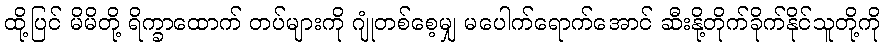
ထို့ပြင် မိမိတို့ ရိက္ခာထောက် တပ်များကို ဂျုံတစ်စေ့မျှ မပေါက်ရောက်အောင် ဆီးနို့တိုက်ခိုက်နိုင်သူတို့ကို